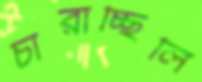
চারাচ্ছিলি